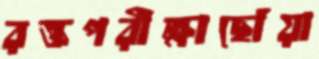
রক্তপরীক্ষাছোঁয়া